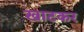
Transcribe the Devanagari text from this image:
खाटकर